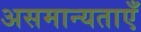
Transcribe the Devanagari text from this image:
असमान्यताएँ